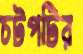
চটপটির